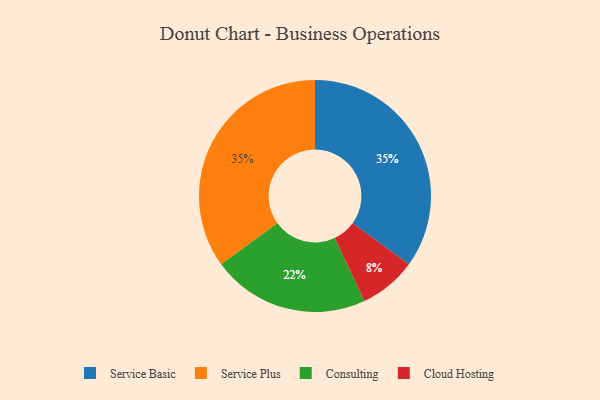
{"axis": {"x": "Category", "y": "Percentage"}, "legend": ["Cloud Hosting", "Consulting", "Service Basic", "Service Plus"], "data": [{"x": "Consulting", "y": 22, "type": "Consulting"}, {"x": "Cloud Hosting", "y": 8, "type": "Cloud Hosting"}, {"x": "Service Basic", "y": 35, "type": "Service Basic"}, {"x": "Service Plus", "y": 35, "type": "Service Plus"}]}